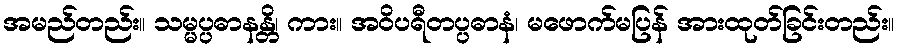
အမည်တည်း။ သမ္မပ္ပဓာနန္တိ၊ ကား။ အဝိပရီတပ္ပဓာနံ၊ မဖောက်မပြန် အားထုတ်ခြင်းတည်း။